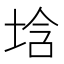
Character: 𡌢